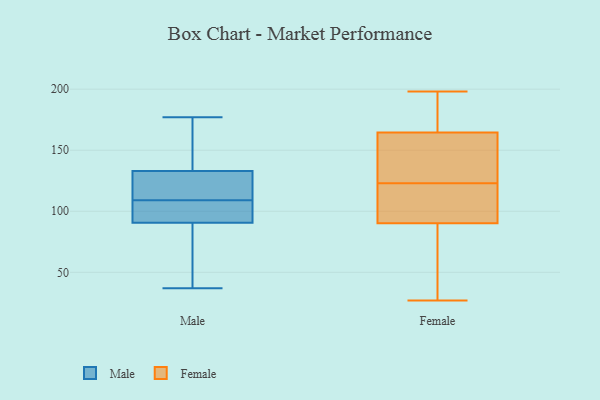
{"axis": {"x": "Shipments", "y": "Value"}, "legend": ["Female", "Male"], "data": [{"x": "", "y": 135, "type": "Male"}, {"x": "", "y": 177, "type": "Male"}, {"x": "", "y": 120, "type": "Male"}, {"x": "", "y": 100, "type": "Male"}, {"x": "", "y": 125, "type": "Male"}, {"x": "", "y": 89, "type": "Male"}, {"x": "", "y": 101, "type": "Male"}, {"x": "", "y": 37, "type": "Male"}, {"x": "", "y": 67, "type": "Male"}, {"x": "", "y": 127, "type": "Male"}, {"x": "", "y": 95, "type": "Male"}, {"x": "", "y": 155, "type": "Male"}, {"x": "", "y": 111, "type": "Male"}, {"x": "", "y": 109, "type": "Male"}, {"x": "", "y": 156, "type": "Male"}, {"x": "", "y": 43, "type": "Male"}, {"x": "", "y": 52, "type": "Male"}, {"x": "", "y": 137, "type": "Male"}, {"x": "", "y": 98, "type": "Male"}, {"x": "", "y": 138, "type": "Female"}, {"x": "", "y": 27, "type": "Female"}, {"x": "", "y": 123, "type": "Female"}, {"x": "", "y": 100, "type": "Female"}, {"x": "", "y": 126, "type": "Female"}, {"x": "", "y": 61, "type": "Female"}, {"x": "", "y": 198, "type": "Female"}, {"x": "", "y": 165, "type": "Female"}, {"x": "", "y": 87, "type": "Female"}, {"x": "", "y": 163, "type": "Female"}, {"x": "", "y": 73, "type": "Female"}, {"x": "", "y": 120, "type": "Female"}, {"x": "", "y": 168, "type": "Female"}, {"x": "", "y": 119, "type": "Female"}, {"x": "", "y": 168, "type": "Female"}]}